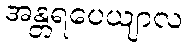
အန္တရပေယျာလ